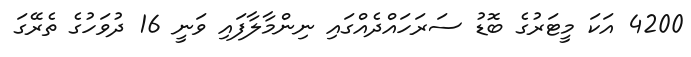
4200 އަކަ މީޓަރުގެ ބޮޑު ސަރަހައްދެއްގައި ނިންމާލާފައި ވަނީ 16 ދުވަހުގެ ތެރޭގަ